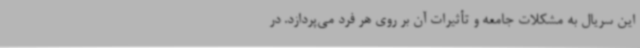
این سریال به مشکلات جامعه و تأثیرات آن بر روی هر فرد می‌پردازد. در